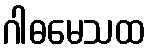
ဂါဓမေသထ